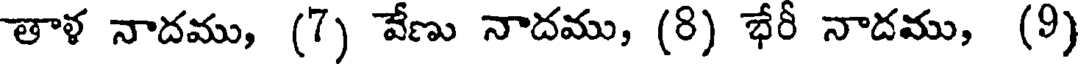
తాళ నాదము, (7) వేణు నాదము, (8) భేరీ నాదము, (9)